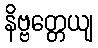
နိဗ္ဗတ္တေယျ